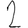
Digit: 2